Report on horse surra - Volume II, Part II
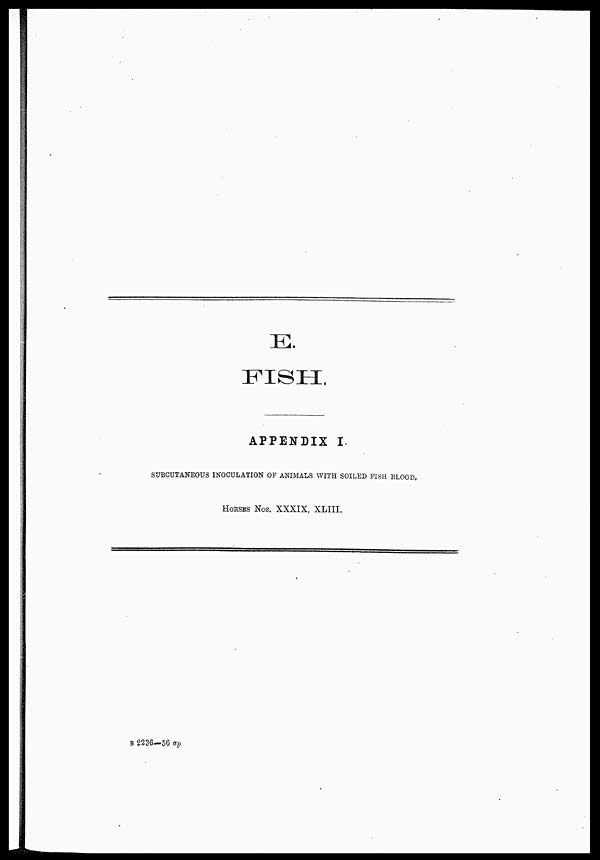
E.
FISH.
APPENDIX I.
SUBCUTANEOUS INOCULATION OF ANIMALS WITH SOILED FISH BLOOD.
HORSES Nos. XXXIX, XLIII.
B 2236—56 ap